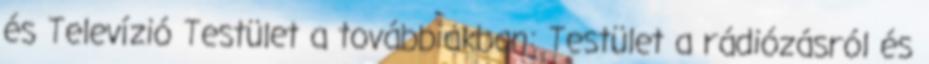
és Televízió Testület a továbbiakban: Testület a rádiózásról és